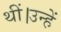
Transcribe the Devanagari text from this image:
थीं।उन्हें